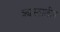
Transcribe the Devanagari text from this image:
क्र्यस्तालीय